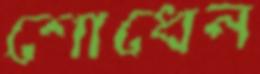
শোধেন